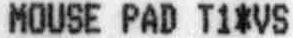
MOUSE PAD T1*VS